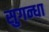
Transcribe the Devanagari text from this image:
सुगन्धा